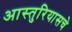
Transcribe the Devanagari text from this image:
आस्तुरियासचे